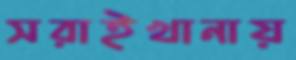
সরাইখানায়